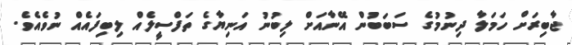
ޖާބިރަށް ހަމަލާ ދިނުމުގެ ސަބަބުން އޭނާއަށް ލިބުނު އަނިޔާގެ ތަފްސީލެއް ލިބިފައެއް ނުވެއެވެ.